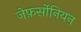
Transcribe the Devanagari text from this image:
जेफ़र्सोनियन